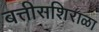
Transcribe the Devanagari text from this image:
बत्तीसशिराळा